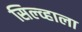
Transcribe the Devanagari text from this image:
सिल्व्हाला